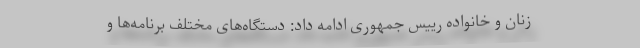
زنان و خانواده رییس جمهوری ادامه داد: دستگاه‌های مختلف برنامه‌ها و